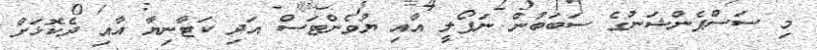
މި ސަސްޕެންޝަނުގެ ސަބަބުން ނަޕޯލީ އާއި ޔުވެންޓަސް އަދި ކަޓާނިޔާ އާއި ދެކޮޅަށް